Scottish Certificate of Education, 1962
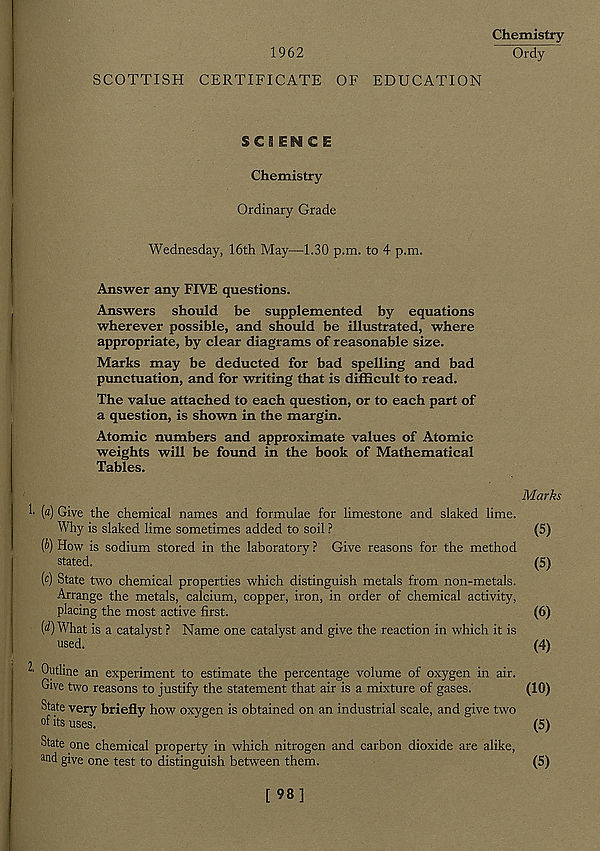
Chemistry
1962
Ordy
SCOTTISH CERTIFICATE OF EDUCATION
SCIENCE
Chemistry
Ordinary Grade
Wednesday, 16th May—1.30 p.m. to 4 p.m.
Answer any FIVE questions.
Answers should be supplemented by equations
wherever possible, and should be illustrated, where
appropriate, by clear diagrams of reasonable size.
Marks may be deducted for bad spelling and bad
punctuation, and for writing that is difficult to read.
The value attached to each question, or to each part of
a question, is shown in the margin.
Atomic numbers and approximate values of Atomic
weights will be found in the book of Mathematical
Tables.
Marks
[a) Give the chemical names and formulae for limestone and slaked lime.
Why is slaked lime sometimes added to soil ?
(5)
[b) How is sodium stored in the laboratory ? Give reasons for the method
stated.
(5)
[ c ) State two chemical properties which distinguish metals from non-metals.
Arrange the metals, calcium, copper, iron, in order of chemical activity,
placing the most active first.
(6)
(<?) What is a catalyst ? Name one catalyst and give the reaction in which it is
used.
(4)
^ Outline an experiment to estimate the percentage volume of oxygen in air.
Give two reasons to justify the statement that air is a mixture of gases.
(10)
State very briefly how oxygen is obtained on an industrial scale, and give two
of its uses.
(5)
State one chemical property in which nitrogen and carbon dioxide are alike,
and give one test to distinguish between them.
(5)
[ 98]